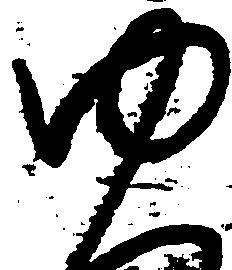
ゆ